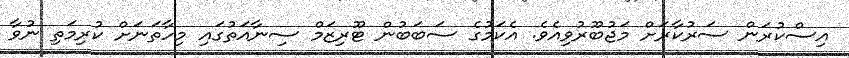
އިސްކުރަން ސަރުކާރަށް މަޖުބޫރުވިއެވެ. އެކަމުގެ ސަބަބުން ޓޫރިޒަމް ސިނާއަތުގައި މިހާތަނަށް ކުރިމަތި ނުވާ